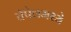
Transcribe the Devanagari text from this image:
चॅपेलमध्ये